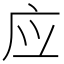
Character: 应